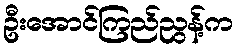
ဦးအောင်ကြည်ညွန့်က